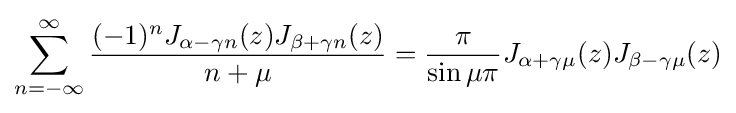
\sum _{n=-\infty }^{\infty }{\frac {(-1)^{n}J_{\alpha -\gamma n}(z)J_{\beta +\gamma n}(z)}{n+\mu }}={\frac {\pi }{\sin \mu \pi }}J_{\alpha +\gamma \mu }(z)J_{\beta -\gamma \mu }(z)